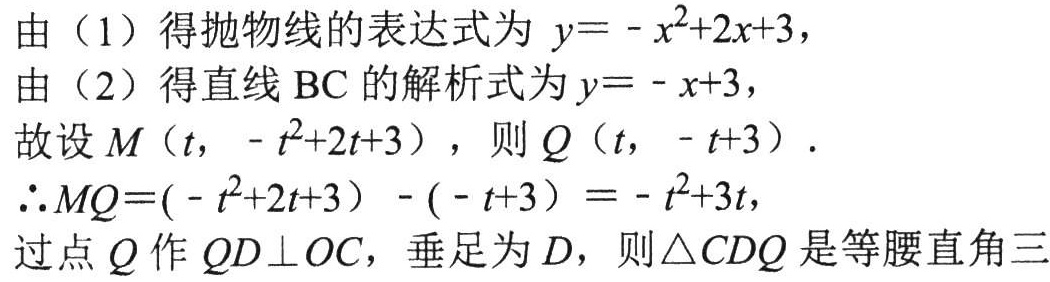
由（1）得抛物线的表达式为 \(y = -x^{2}+2x + 3\)，
由（2）得直线\(BC\)的解析式为\(y = -x + 3\)，
故设\(M(t, -t^{2}+2t + 3)\)，则\(Q(t, -t + 3)\)．
\(\therefore MQ=(-t^{2}+2t + 3)-(-t + 3)=-t^{2}+3t\)，
过点\(Q\)作\(QD\perp OC\)，垂足为\(D\)，则\(\triangle CDQ\)是等腰直角三